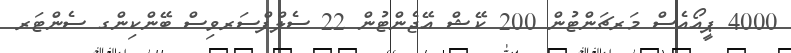
4000 ޕީއޯއެސް މަރޗަންޓުން 200 ކޭޝް އޭޖެންޓުން 22 ސެލްފްސަރވިސް ބޭންކިންގ ސެންޓަރ